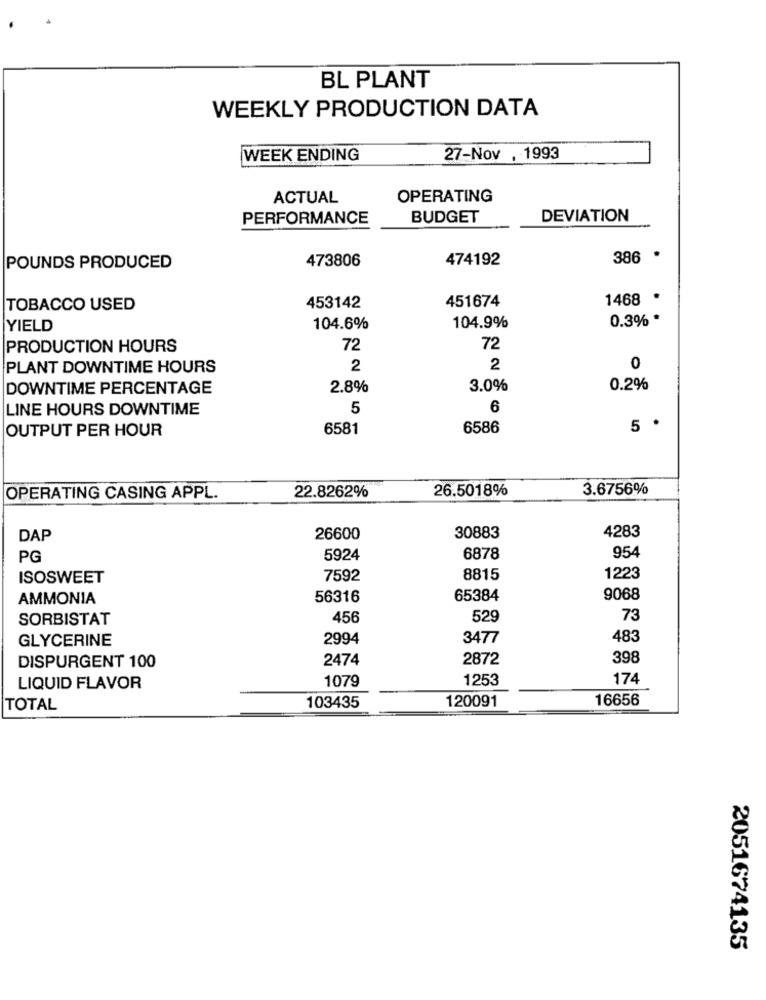
BL PLANT
WEEKLY PRODUCTION DATA
WEEK ENDING
27-Nov , 1993
ACTUAL
OPERATING
PERFORMANCE
BUDGET
DEVIATION
473806
474192
386 .
POUNDS PRODUCED
451674
1468
TOBACCO USED
453142
0.3% *
YIELD
104.6%
104.9%
PRODUCTION HOURS
72
72
PLANT DOWNTIME HOURS
2
2
0
DOWNTIME PERCENTAGE
2.8%
3.0%
0.2%
LINE HOURS DOWNTIME
5
6
OUTPUT PER HOUR
6581
6586
5 .
26.5018%
3.6756%
OPERATING CASING APPL.
22.8262%
4283
DAP
26600
30883
PG
5924
6878
954
ISOSWEET
7592
8815
1223
AMMONIA
56316
65384
9068
SORBISTAT
456
529
73
GLYCERINE
2994
3477
483
2474
2872
398
DISPURGENT 100
1253
174
LIQUID FLAVOR
1079
120091
16656
TOTAL
103435
2051674135